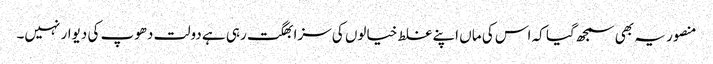
منصور یہ بھی سمجھ گیا کہ اس کی ماں اپنے غلط خیالوں کی سزا بھگت رہی ہے دولت دھوپ کی دیوار نہیں۔